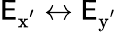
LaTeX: \mathsf{E}_{\mathrm{{x^{'}}}}\leftrightarrow\mathsf{E}_{\mathrm{{y^{'}}}}